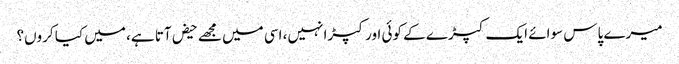
میرے پاس سوائے ایک کپڑے کے کوئی اور کپڑا نہیں، اسی میں مجھے حیض آتا ہے، میں کیا کروں؟